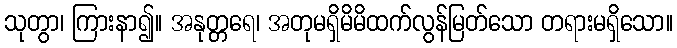
သုတွာ၊ ကြားနာ၍။ အနုတ္တရေ၊ အတုမရှိမိမိထက်လွန်မြတ်သော တရားမရှိသော။